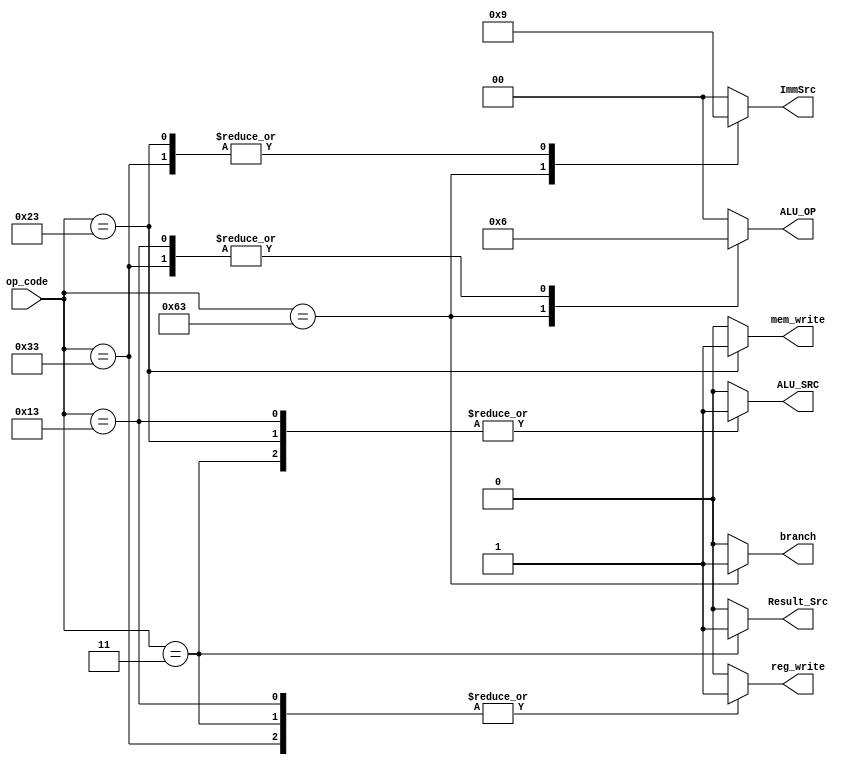
module main_decoder(input wire [6:0]op_code, 
output reg Result_Src,
output reg mem_write,
output reg branch,
output reg [1:0] ImmSrc,
output reg reg_write,
output reg ALU_SRC,
output reg [1:0] ALU_OP);
/*micro processor instruction set ISA*/
always @(*)
begin
case(op_code)
//load word instruction 
7'b000_0011:
begin
Result_Src=1'b1;
ImmSrc=2'b00;
mem_write=1'b0;
branch=1'b0;
reg_write=1'b1;
ALU_SRC=1'b1;
ALU_OP=2'b00;
end
//store word instruction
7'b010_0011:
begin
Result_Src=1'b0;
ImmSrc=2'b01;
mem_write=1'b1;
branch=1'b0;
reg_write=1'b0;
ALU_SRC=1'b1;
ALU_OP=2'b00;
end
// I-type instructions 
7'b001_0011:
begin
Result_Src=1'b0;
ImmSrc=2'b00;
mem_write=1'b0;
branch=1'b0;
reg_write=1'b1;
ALU_SRC=1'b1;
ALU_OP=2'b10;
end
//branch instructions beq,bnq,blt 
7'b110_0011:
begin
Result_Src=1'b0;
ImmSrc=2'b10;
mem_write=1'b0;
branch=1'b1;
reg_write=1'b0;
ALU_SRC=1'b0;
ALU_OP=2'b01;
end
//R_type instructions 
7'b011_0011:
begin
Result_Src=1'b0;
ImmSrc=2'b01;
mem_write=1'b0;
branch=1'b0;
reg_write=1'b1;
ALU_SRC=1'b0;
ALU_OP=2'b10;
end
default:
begin
Result_Src=1'b0;
ImmSrc=2'b00;
mem_write=1'b0;
branch=1'b0;
reg_write=1'b0;
ALU_SRC=1'b0;
ALU_OP=2'b00;
end
endcase
end

endmodule